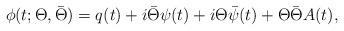
LaTeX: \begin{align*}\phi (t;\Theta ,\bar{\Theta }) = q(t) + i\bar{\Theta }\psi (t) + i\Theta\bar{\psi }(t) + \Theta \bar{\Theta }A(t),\end{align*}